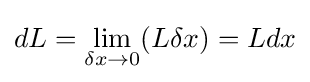
dL=\lim _{\delta x\to 0}(L\delta x)=Ldx